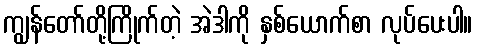
ကျွန်တော်တို့ကြိုက်တဲ့ အဲဒါကို နှစ်ယောက်စာ လုပ်ပေးပါ။